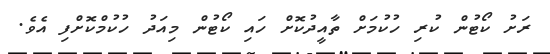
ރަށު ކޯޓުން ކުރި ހުކުމަށް ތާއީދުކޮށް ހައި ކޯޓުން މިއަދު ހުކުމްކޮށްފި އެވެ.